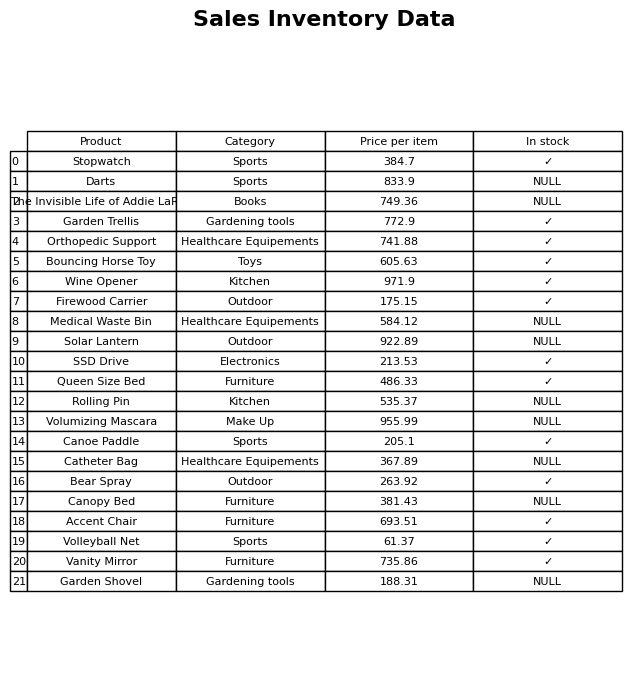
question: What is the price for Garden Shovel?
answer: The price of Garden Shovel is 188.31.